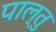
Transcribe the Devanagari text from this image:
पाल्तु